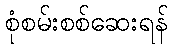
စုံစမ်းစစ်ဆေးရန်